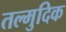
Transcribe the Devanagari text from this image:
तल्मुदिक